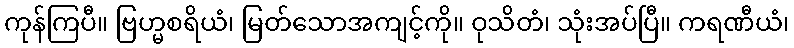
ကုန်ကြပီ။ ဗြဟ္မစရိယံ၊ မြတ်သောအကျင့်ကို။ ဝုသိတံ၊ သုံးအပ်ပြီ။ ကရဏီယံ၊